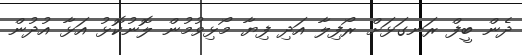
ދެން ބީފް ރަނގަޅަށް ރޯފިލާ އަދި ފިޔާ މޯޅިވުމުން ލޮނުކޮޅު އަޅާ އުދުން